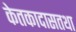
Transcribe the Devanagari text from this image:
केतकादासतथा